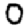
Digit: 0